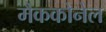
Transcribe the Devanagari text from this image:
मैककोनेल